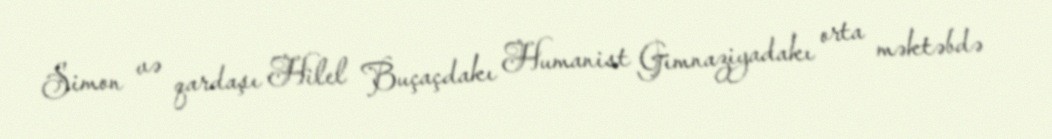
Simon və qardaşı Hilel Buçaçdakı Humanist Gimnaziyadakı orta məktəbdə